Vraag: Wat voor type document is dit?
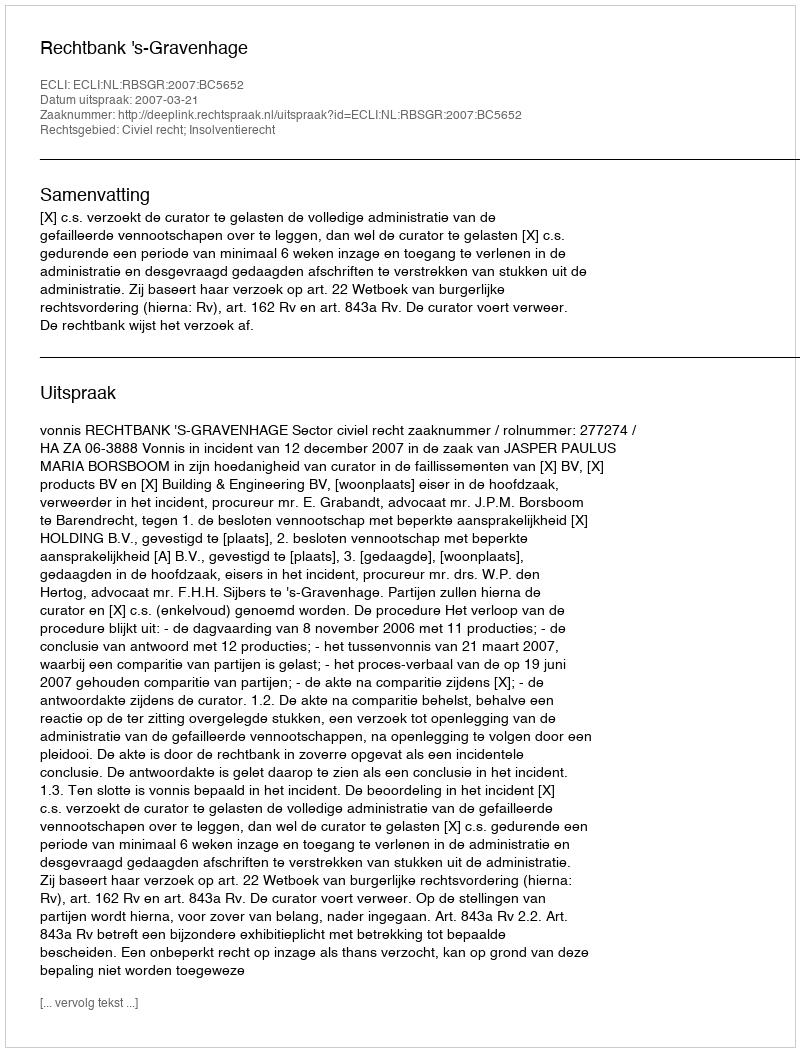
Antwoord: Uitspraak